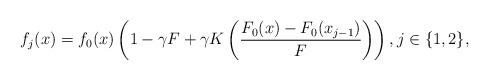
LaTeX: \begin{align*}f_j(x) = f_0 (x) \left( 1 -\gamma F + \gamma K\left(\frac{F_0(x)-F_0(x_{j-1})}{F}\right) \right), j\in \{1,2\},\end{align*}